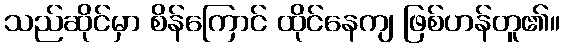
သည်ဆိုင်မှာ စိန်ကြောင် ထိုင်နေကျ ဖြစ်ဟန်တူ၏။